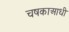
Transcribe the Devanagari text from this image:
चषकाआधी